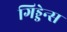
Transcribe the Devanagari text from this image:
गिड्डेन्स